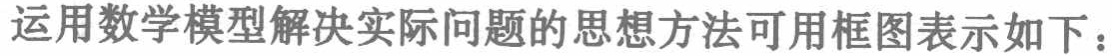
运用数学模型解决实际问题的思想方法可用框图表示如下：